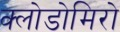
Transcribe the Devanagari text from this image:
क्लोडोमिरो